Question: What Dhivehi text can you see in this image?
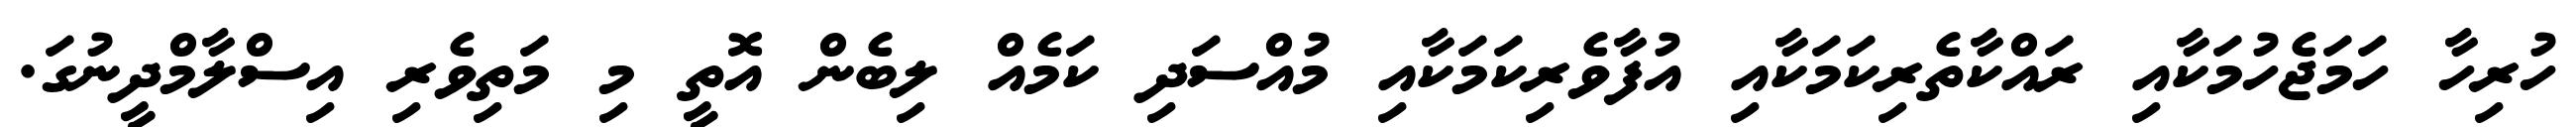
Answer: ހުރިހާ ހަމަޖެހުމަކާއި ރައްކާތެރިކަމަކާއި އުފާވެރިކަމަކާއި މުއްސަދި ކަމެއް ލިބެން އޮތީ މި މަތިވެރި އިސްލާމްދީނުގަ.